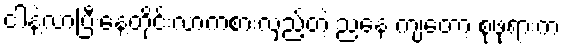
ငါနဲ့လာပြီးနေ့တိုင်းလာကစားလှည့်တဲ့ ညနေ ကျတော့ စုဖုရားက